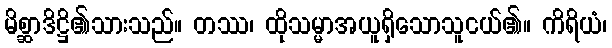
မိစ္ဆာဒိဋ္ဌိ၏သားသည်။ တဿ၊ ထိုသမ္မာအယူရှိသောသူငယ်၏။ ကိရိယံ၊